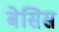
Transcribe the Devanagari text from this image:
बेसिस